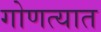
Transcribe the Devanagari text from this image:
गोणत्यात